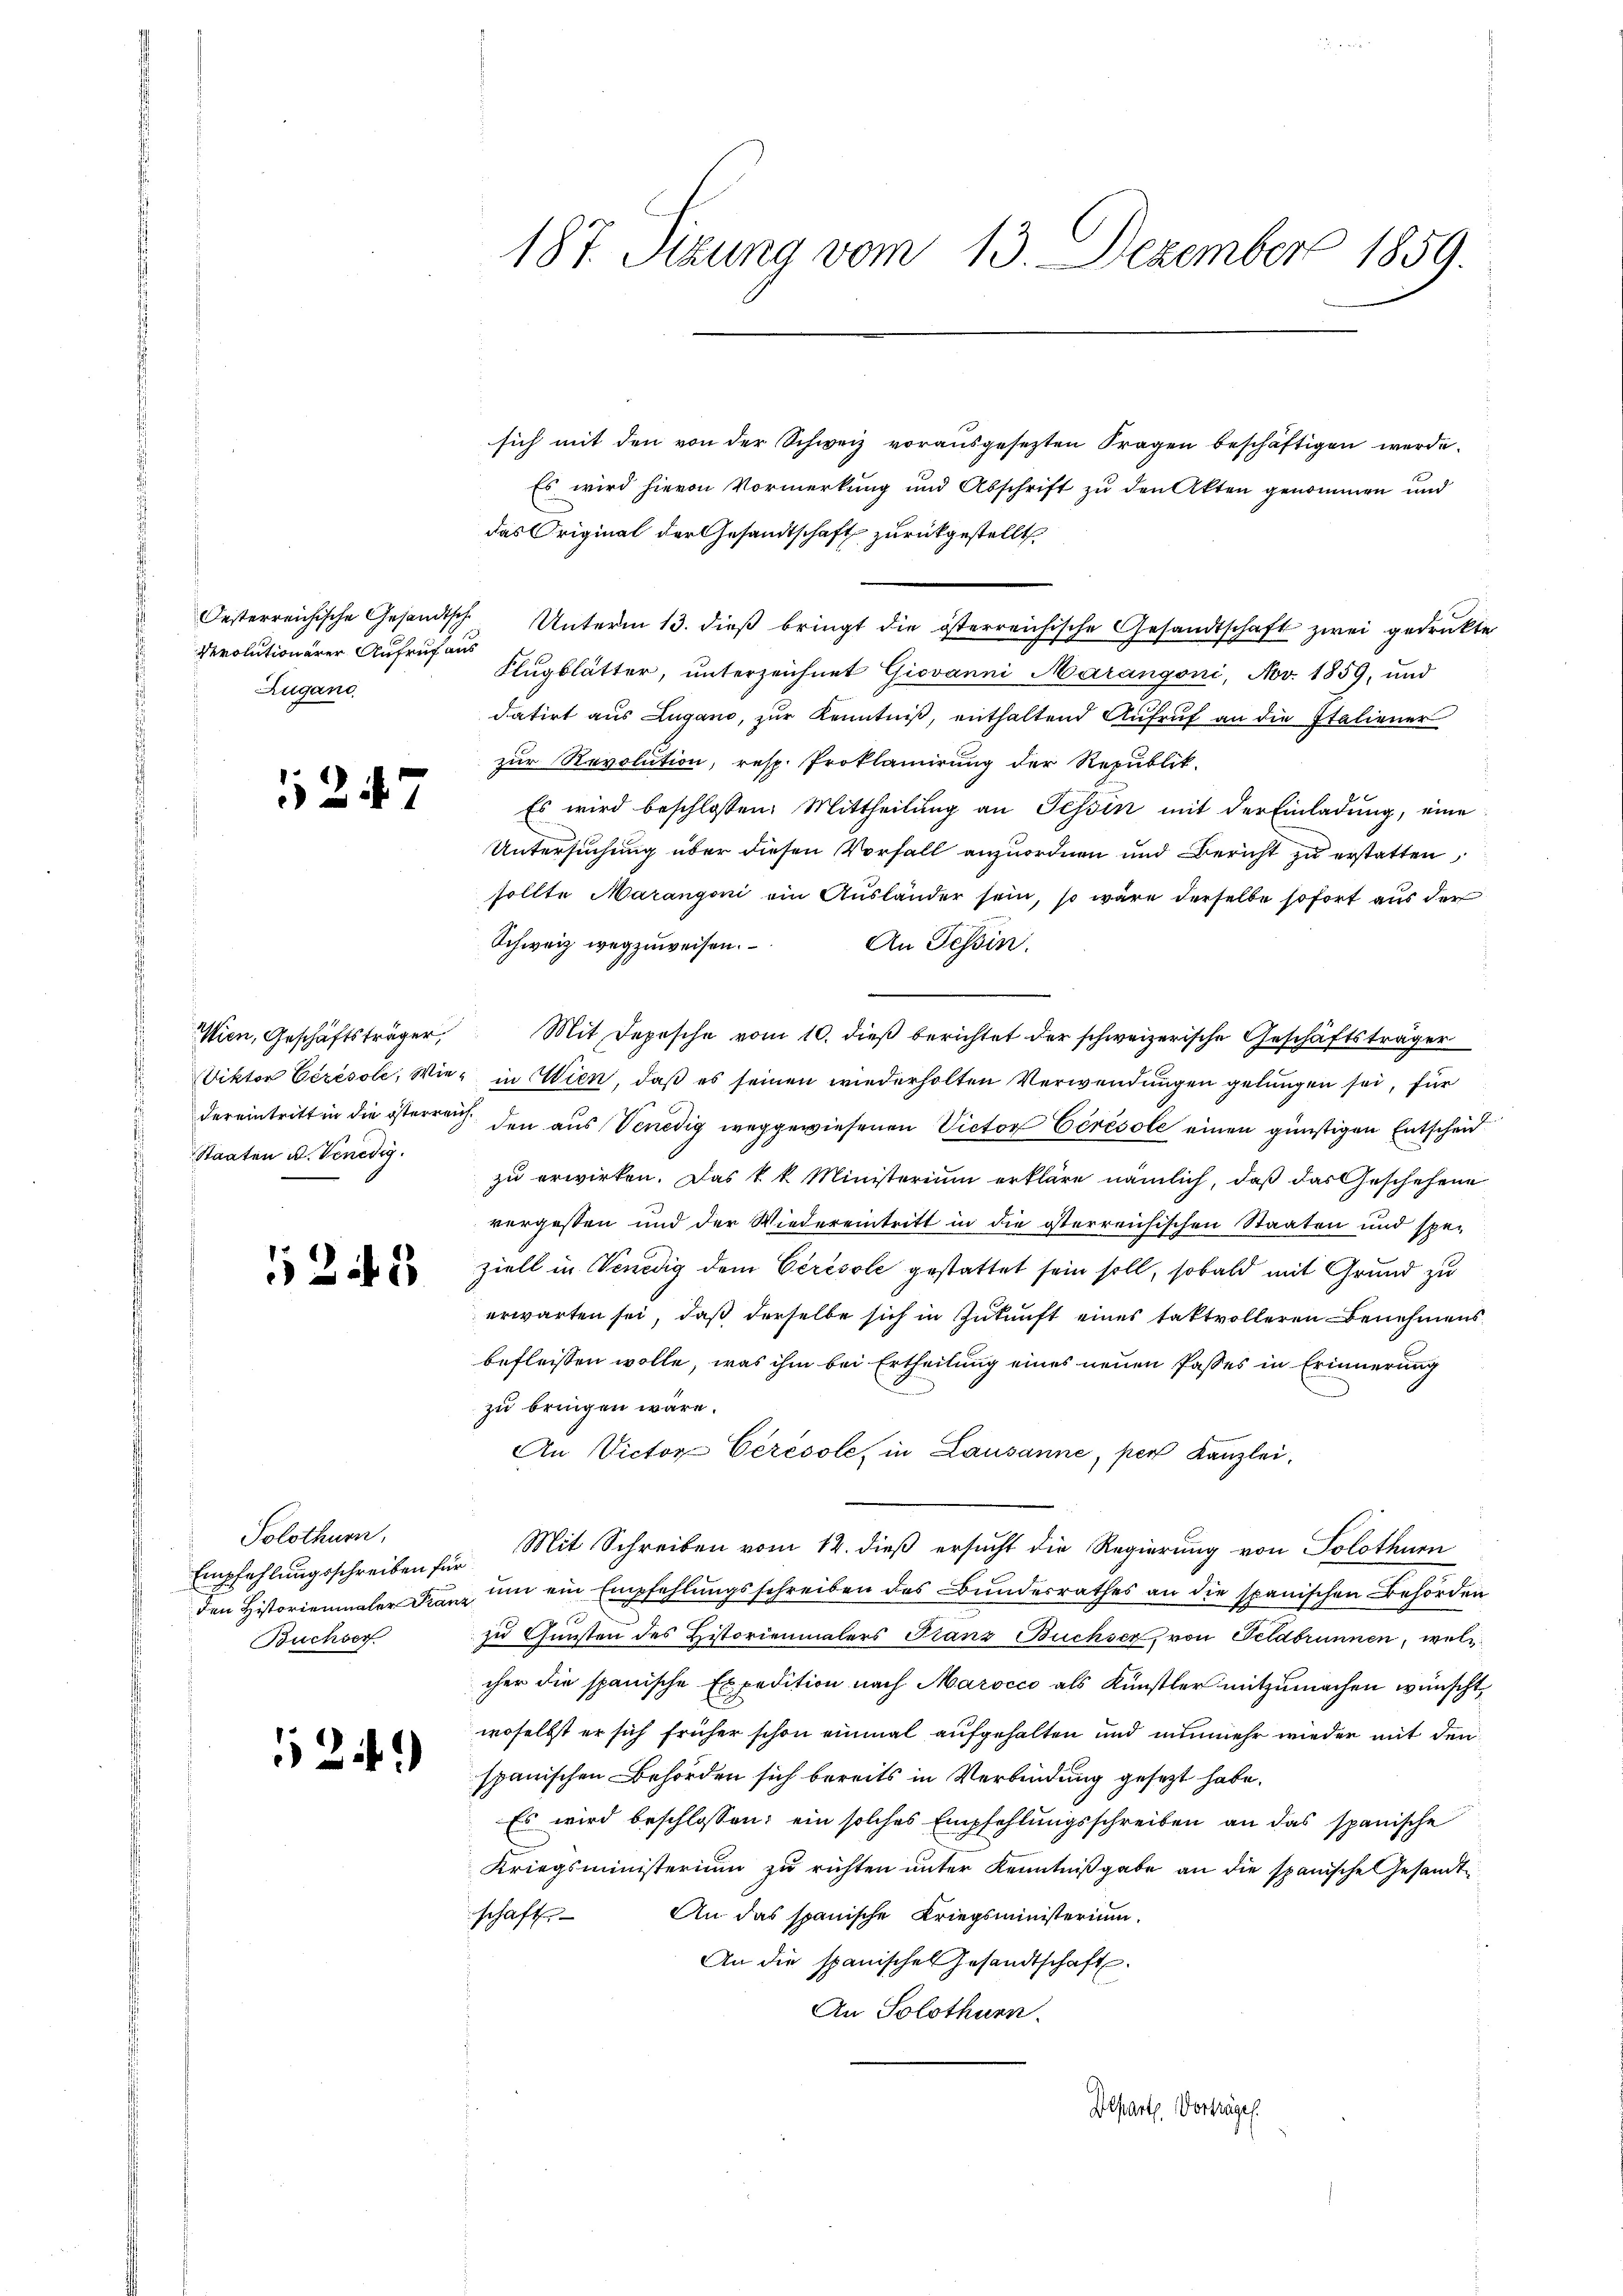
Revolutionärer Aufruf aus
Zugano

1247

Wien, Geschäftsträger,
Staaten u. Venedig

1242

Solothurn,
Empfehlungsschreiben für
Buchser

524.

187. Sitzung vom 13. Dezember 1859.

sich mit den von der Schweiz vorausgesezten Fragen beschäftigen werde.
Es wird hievon Vormerkung und Abschrift zu den Akten genommen und
das Original der Gesandtschaft zurückgestellt
Oesterreichische Gesandtsch Unterm 13. dieβ bringt die österreichische Gesandtschaft zwei gedrukte
Flugblätter, unterzeichnet Giovanni Marangoni, Nov. 1859, und
datirt aus Lugano, zur Kenntniß, enthaltend Aufruf an die Italiener
zur Revolution, resp. Proklamirung der Republik.
Es wird beschlossen: Mittheilung an Tessin mit der Einladung, eine
Untersuchung über diesen Vorfall anzuordnen und Bericht zu erstatten,
sollte Marangoni ein Ausländer sein, so wäre derselbe sofort aus der
Schweiz wegzuweisen.
An Tessin.
Mit Depesche vom 10. dieß berichtet der schweizerische Geschäftsträger
Viktor Cérésole, Wie in Wien, daß es seinen wiederholten Verwendungen gelungen sei, für
dereintritt in die österreich den aus Venedig weggewiesenen Victor Cérésole einen günstigen Entscheid
zu erwirken. Das k k. Ministerium erkläre nämlich, daß das Geschehene
vergessen und der Wiedereintritt in die österreichischen Staaten und spe-
ziell in Venedig dem Cérésole gestattet sein soll, sobald mit Grund zu
erwarten sei, daß derselbe sich in Zukunft eines taktvolleren Benehmens
befleissen wolle, was ihm bei Ertheilung eines neuen Passes in Erinnerung
zu bringen wäre.
An Victor Ceresole, in Lausanne, per Kanzlei.
Mit Schreiben vom 12. dieß ersucht die Regierung von Solothurn
den Historienmaler Franz um ein Empfehlungsschreiben des Bundesrathes an die spanischen Behörden
zu Gunsten des Historienmalers Franz Buchser, von Feldbrunnen, welcher die spanische Expedition nach Marocco als Künstler mitzumachen wünscht,
woselbst er sich früher schon einmal aufgehalten und nunmehr wieder mit den
spanischen Behörden sich bereits in Verbindung gesezt habe.
Es wird beschlossen; ein solches Empfehlungsschreiben an das spanische
Kriegsministerium zu richten unter Kenntnißgabe an die spanische Gesandt¬
An das spanische Kriegsministerium.
schaft
An die spanisches Gesandtschaft.
An Solothurn.
Departe Vorträgen.